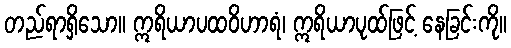
တည်ရာရှိသော။ ဣရိယာပထဝိဟာရံ၊ ဣရိယာပုထ်ဖြင့် နေခြင်းကို။